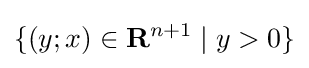
\{(y;x)\in \mathbf {R} ^{n+1}\mid y>0\}